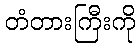
တံတားကြီးကို